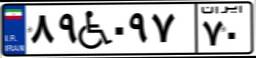
۸۹W۰۹۷۷۰